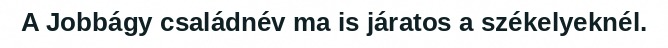
A Jobbágy családnév ma is járatos a székelyeknél.